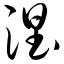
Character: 涅